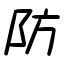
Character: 防